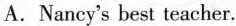
A.Nancy's best teacher.